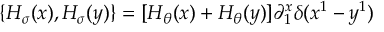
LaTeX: \{ { \cal H } _ { \sigma } ( x ) , { \cal H } _ { \sigma } ( y ) \} = [ { \cal H } _ { \theta } ( x ) + { \cal H } _ { \theta } ( y ) ] \partial _ { 1 } ^ { x } \delta ( x ^ { 1 } - y ^ { 1 } )